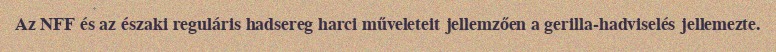
Az NFF és az északi reguláris hadsereg harci műveleteit jellemzően a gerilla-hadviselés jellemezte.